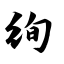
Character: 绚